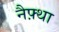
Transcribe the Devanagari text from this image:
नैफ़्था